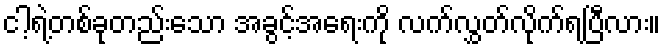
ငါ့ရဲ့တစ်ခုတည်းသော အခွင့်အရေးကို လက်လွှတ်လိုက်ရပြီလား။